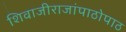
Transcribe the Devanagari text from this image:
शिवाजीराजांपाठोपाठ